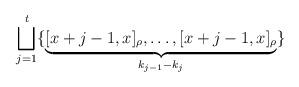
LaTeX: \begin{align*}\bigsqcup_{j=1}^t \{ \underbrace{[x+j-1,x]_\rho, \dots, [x+j-1,x]_\rho}_{k_{j-1}-k_j} \}\end{align*}